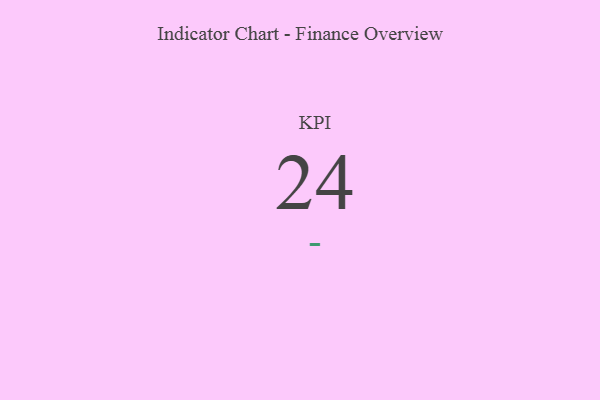
{"axis": {"x": "KPI", "y": "Value"}, "legend": [""], "data": [{"x": "KPI", "y": 24, "type": ""}]}